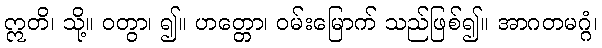
ဣတိ၊ သို့။ ဝတွာ၊ ၍။ ဟတ္တော၊ ဝမ်းမြောက် သည်ဖြစ်၍။ အာဂတမဂ္ဂံ၊